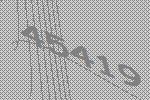
45419